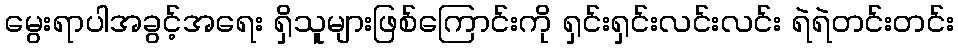
မွေးရာပါအခွင့်အရေး ရှိသူများဖြစ်ကြောင်းကို ရှင်းရှင်းလင်းလင်း ရဲရဲတင်းတင်း